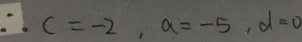
\therefore c = - 2 , a = - 5 , d = 0